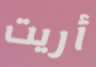
أريت